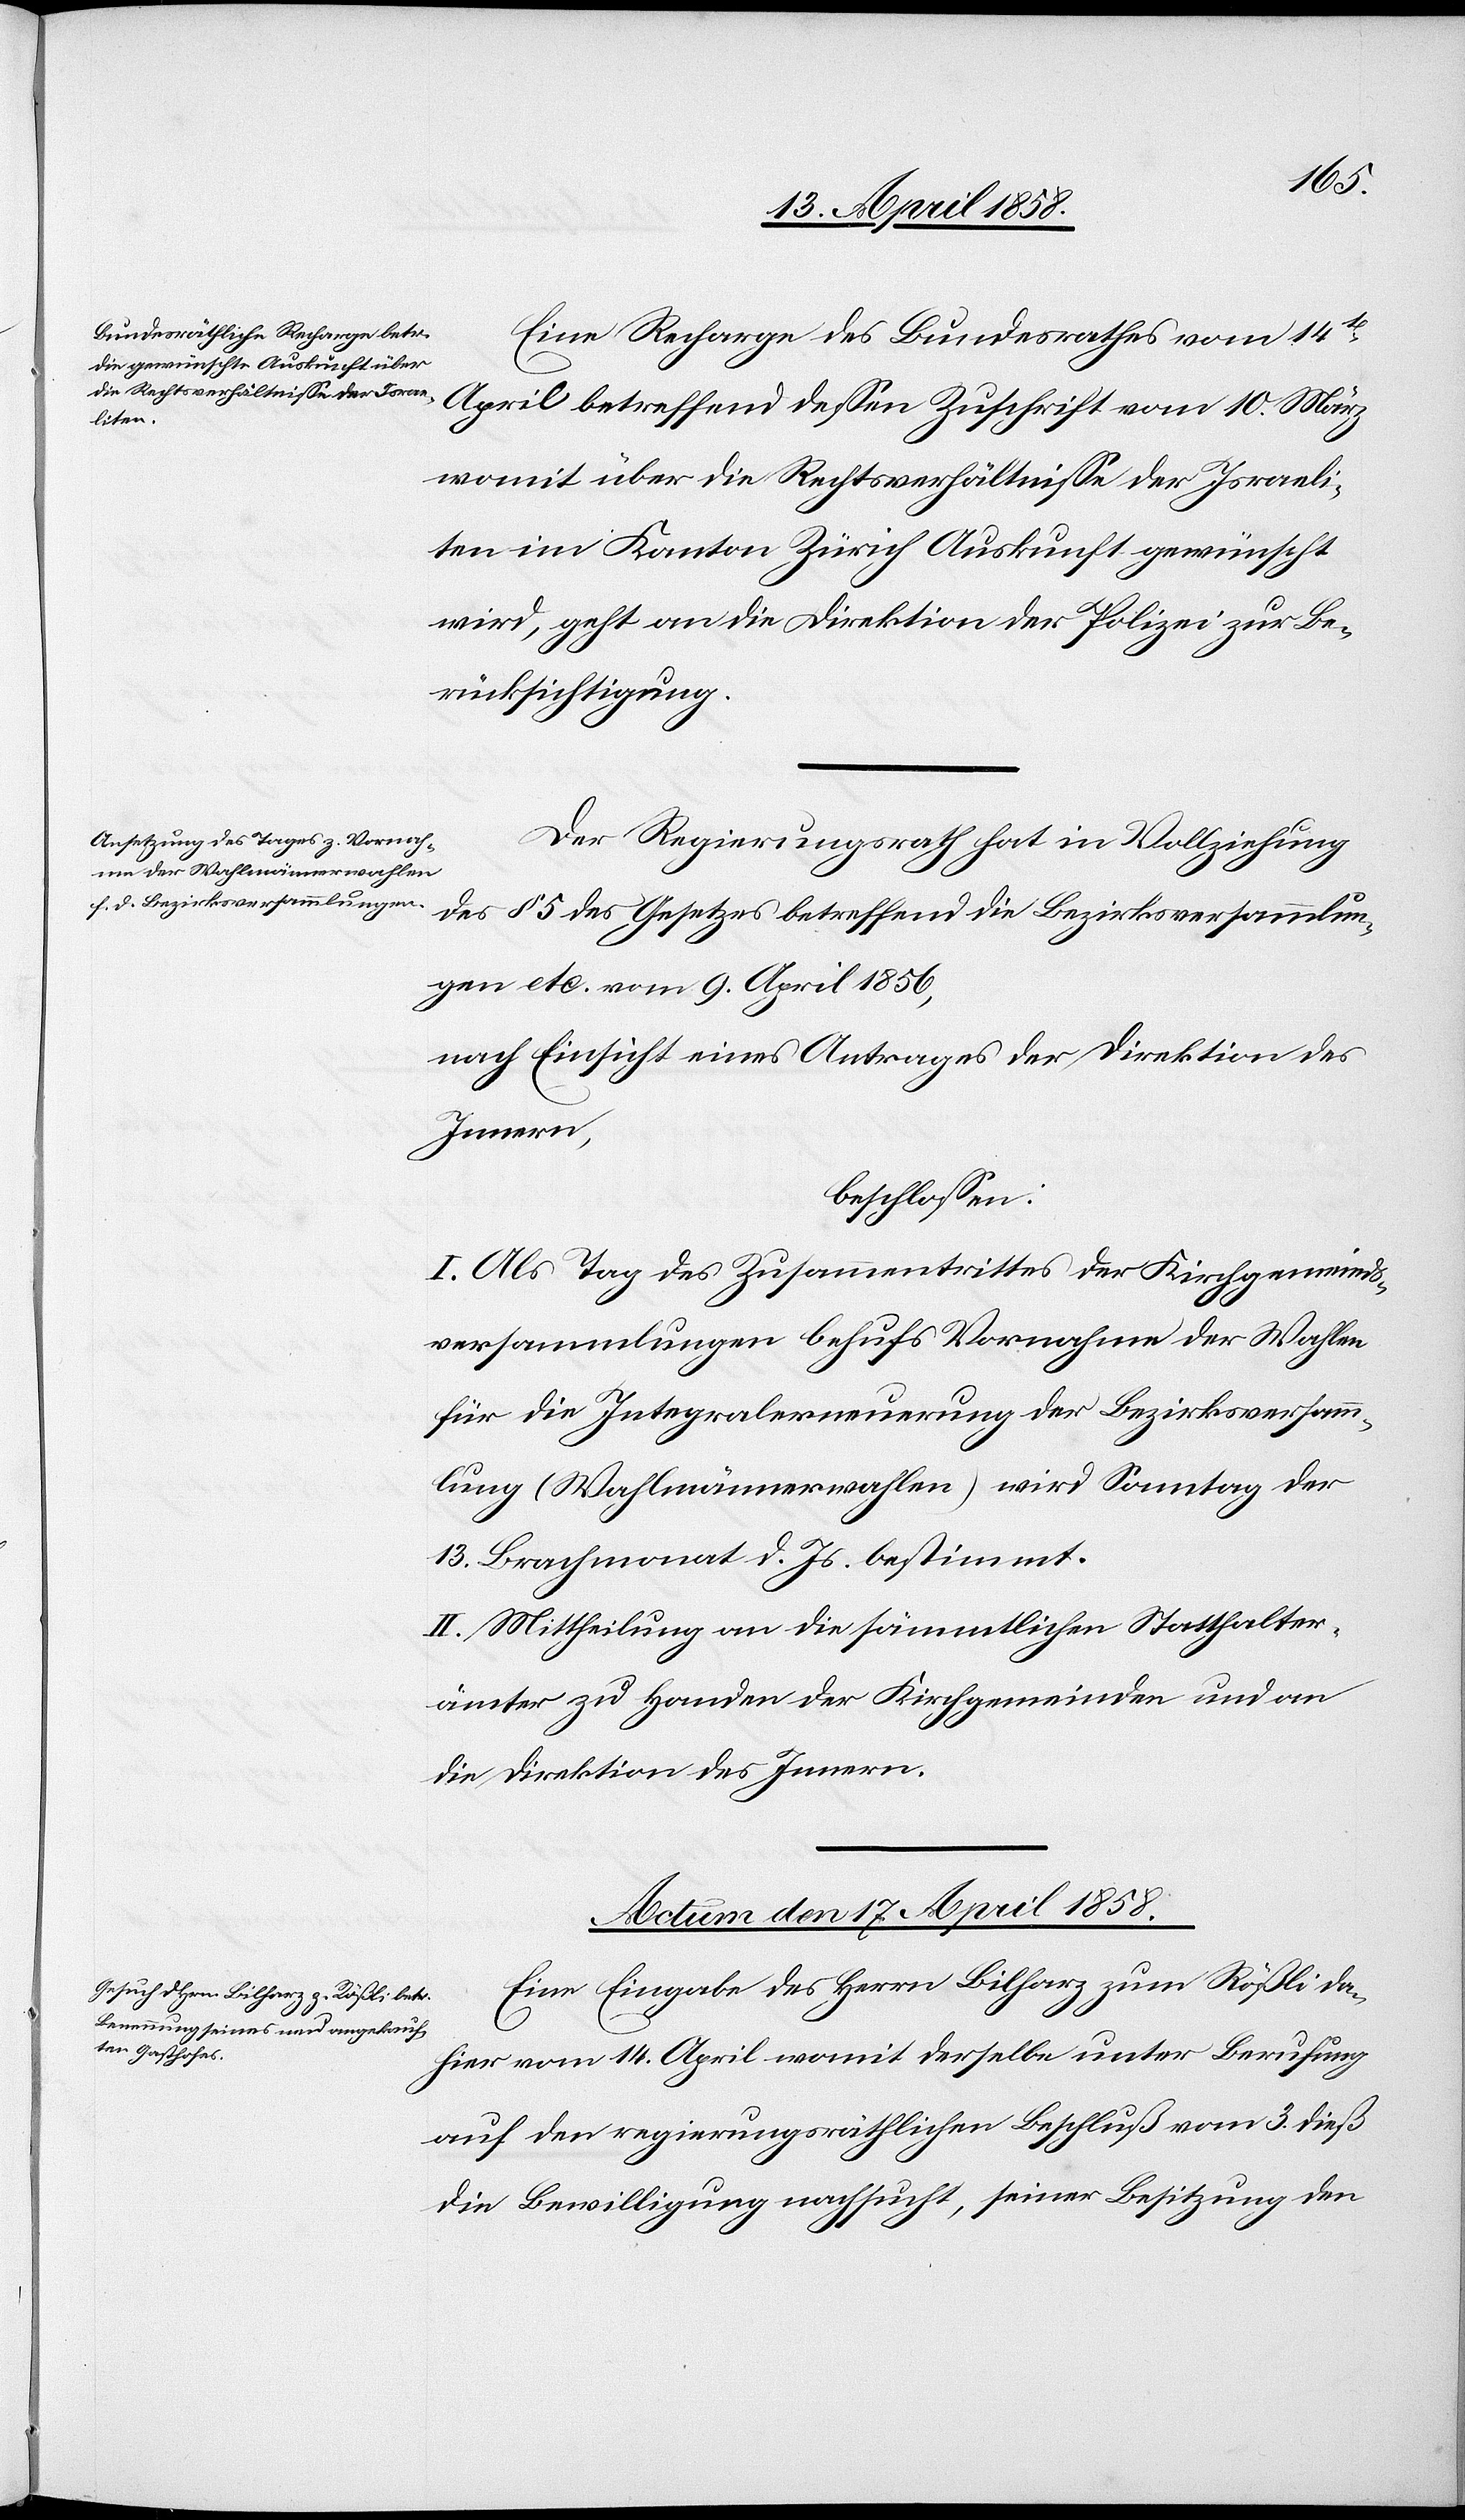
Eine Recharge des Bundesrathes vom 14t
April betreffend dessen Zuschrift vom 10. März
womit über die Rechtsverhältnisse der Israeli¬
ten im Kanton Zürich Auskunft gewünscht
wird, geht an die Direktion der Polizei zur Be¬
rücksichtigung.
Der Regierungsrath hat in Vollziehung
des § 5 des Gesetzes betreffend die Bezirksversammlun¬
gen etc. vom 9. April 1856,
nach Einsicht eines Antrages der Direktion des
Innern,
beschlossen:
I. Als Tag des Zusammentrittes der Kirchgemeinds¬
versammlungen behufs Vornahme der Wahlen
für die Integralerneuerung der Bezirksversamm¬
lung (Wahlmännerwahlen) wird Sonntag der
13. Brachmonat d. Js. bestimmt.
II. Mittheilung an die sämmtlichen Statthalter¬
ämter zu Handen der Kirchgemeinden und an
die Direktion des Innern.
Actum den 17. April 1858.
Eine Eingabe des Herrn Bilharz zum Rößli da¬
hier vom 14. April womit derselbe unter Berufung
auf den regierungsräthlichen Beschluß vom 3. dieß
die Bewilligung nachsucht, seiner Besitzung den